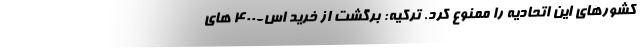
کشورهای این اتحادیه را ممنوع کرد. ترکیه: برگشت از خرید اس-400 های